65_HS1-834228961_62-HQ-83894_Serial_130
Agency: FBI
Page 116
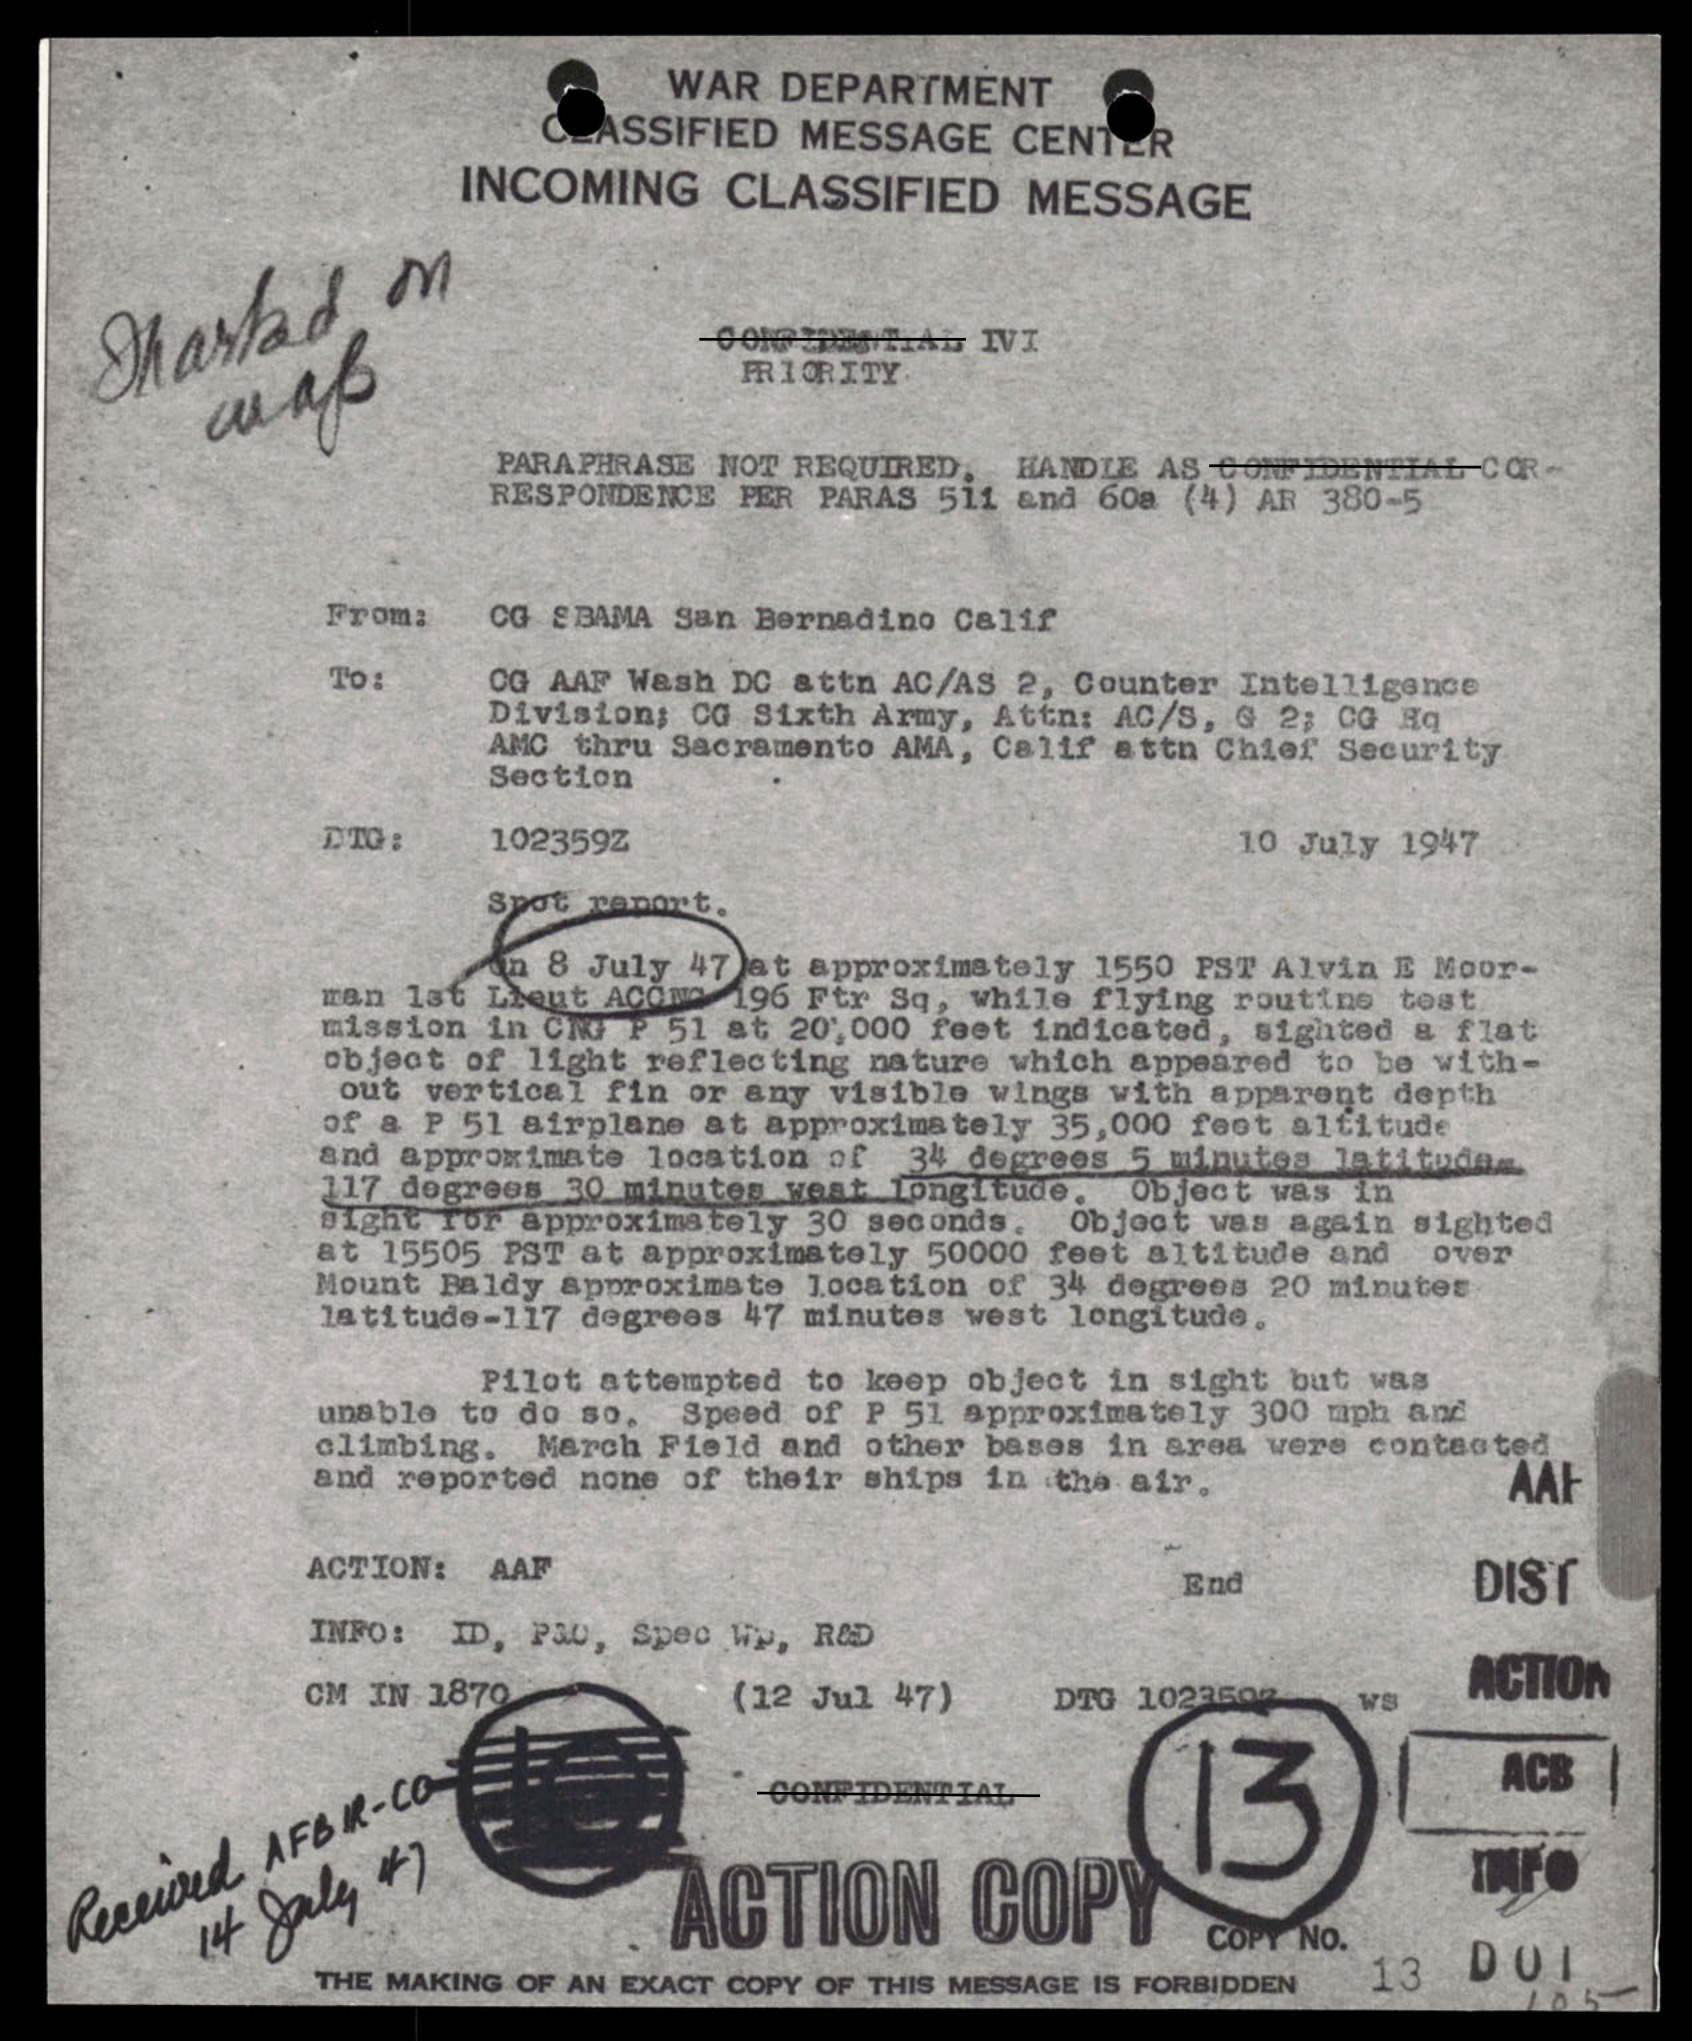